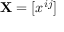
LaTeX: \mathbf { X } = [ x ^ { i j } ]